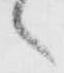
々